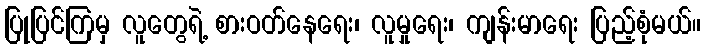
ပြုပြင်ကြမှ လူတွေရဲ့ စားဝတ်နေရေး၊ လူမှုရေး၊ ကျန်းမာရေး ပြည့်စုံမယ်။